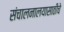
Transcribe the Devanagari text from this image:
संचालनालयासाठीचे